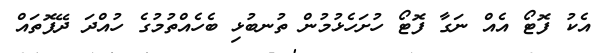
އެކު ފޮޓޯ އެއް ނަގާ ފޮޓޯ ހުށަހެޅުމުން ތުނބުޅި ބެހެއްތުމުގެ ހުއްދަ ދޭފޮތައް